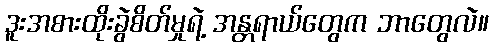
ဒူးအစားထိုးခွဲစိတ်မှုရဲ့ အန္တရာယ်တွေက ဘာတွေလဲ။